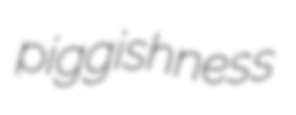
piggishness